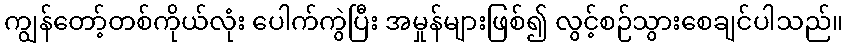
ကျွန်တော့်တစ်ကိုယ်လုံး ပေါက်ကွဲပြီး အမှုန်များဖြစ်၍ လွင့်စဉ်သွားစေချင်ပါသည်။